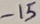
Text: -15